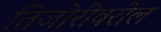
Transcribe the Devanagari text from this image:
तिजोरीवरील